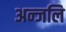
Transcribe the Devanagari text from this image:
अन्जलि